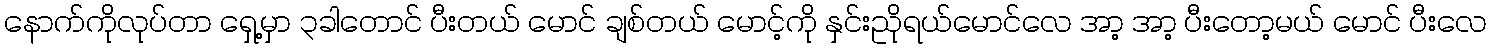
နောက်ကိုလုပ်တာ ရှေ့မှာ ၃ခါတောင် ပီးတယ် မောင် ချစ်တယ် မောင့်ကို နှင်းညိုရယ်မောင်လေ အာ့ အာ့ ပီးတော့မယ် မောင် ပီးလေ